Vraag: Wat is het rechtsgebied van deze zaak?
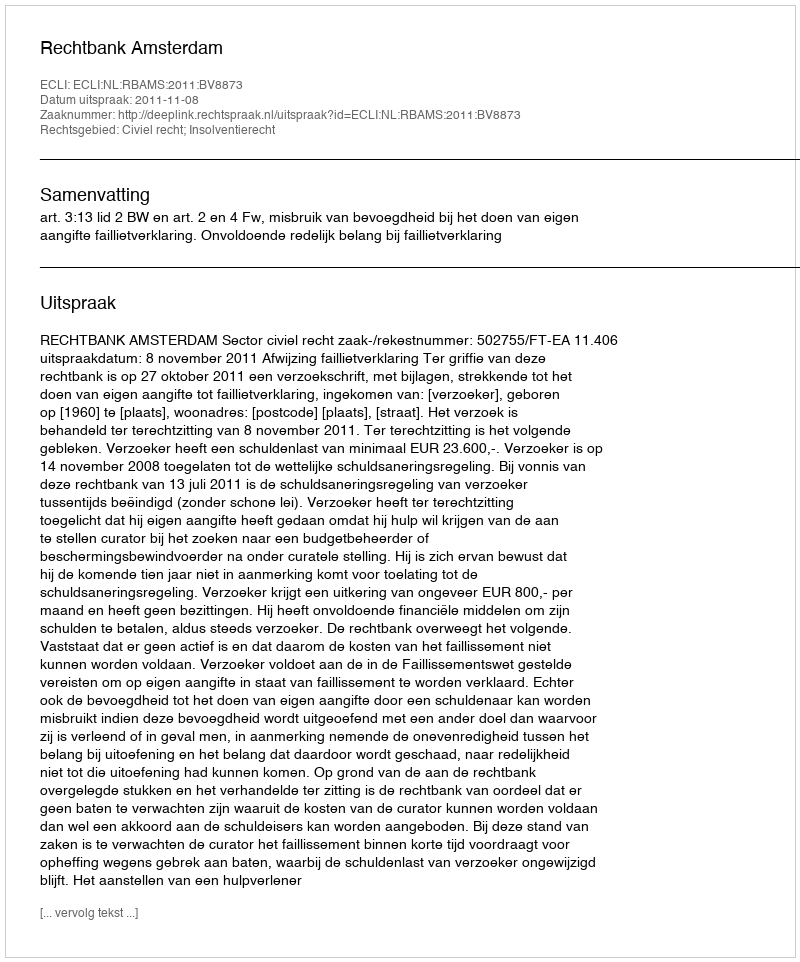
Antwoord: Civiel recht; Insolventierecht